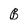
Character: B